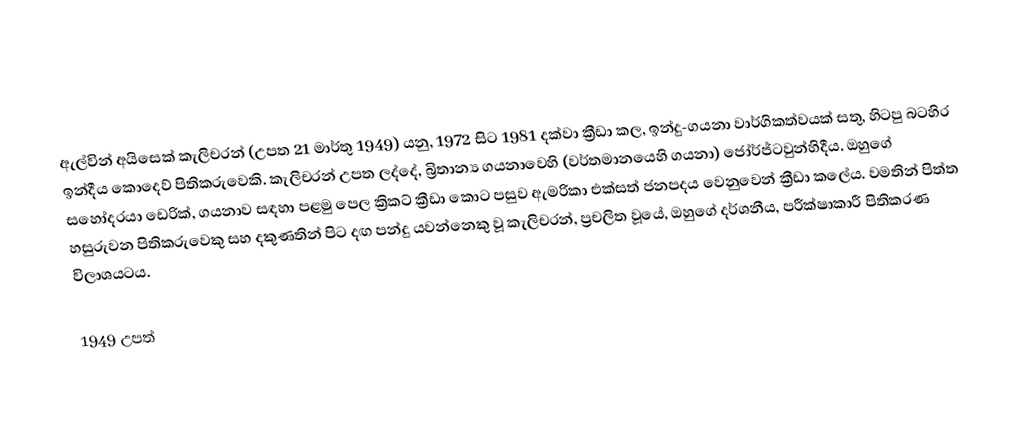
ඇල්වින් අයිසෙක් කැලිචරන් (උපත 21 මාර්තු 1949) යනු,  1972 සිට 1981 දක්වා ක්‍රීඩා කල, ඉන්දු-ගයනා වාර්ගිකත්වයක් සතු,   හිටපු  බටහිර ඉන්දීය කොදෙව් පිතිකරුවෙකි. කැලිචරන් උපත ලද්දේ,  බ්‍රිතාන්‍ය ගයනාවෙහි (වර්තමානයෙහි ගයනා) ජෝර්ජ්ටවුන්හිදීය. ඔහුගේ සහෝදරයා ඩෙරික්,  ගයනාව සඳහා පළමු පෙල ක්‍රිකට් ක්‍රීඩා කොට පසුව ඇමරිකා එක්සත් ජනපදය වෙනුවෙන් ක්‍රීඩා කලේය. වමතින් පිත්ත හසුරුවන පිතිකරුවෙකු සහ දකුණතින් පිට දඟ පන්දු යවන්නෙකු වූ කැලිචරන්, ප්‍රචලිත වූයේ, ඔහුගේ දර්ශනීය, පරීක්ෂාකාරී පිතිකරණ විලාශයටය.

1949 උපත්